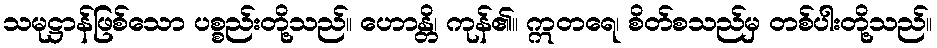
သမုဋ္ဌာန်ဖြစ်သော ပစ္စည်းတို့သည်။ ဟောန္တိ၊ ကုန်၏။ ဣတရေ၊ စိတ်စသည်မှ တစ်ပါးတို့သည်။